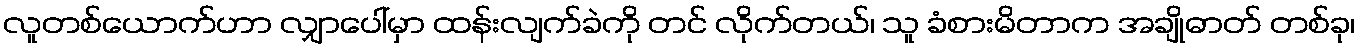
လူတစ်ယောက်ဟာ လျှာပေါ်မှာ ထန်းလျက်ခဲကို တင် လိုက်တယ်၊ သူ ခံစားမိတာက အချိုဓာတ် တစ်ခု၊